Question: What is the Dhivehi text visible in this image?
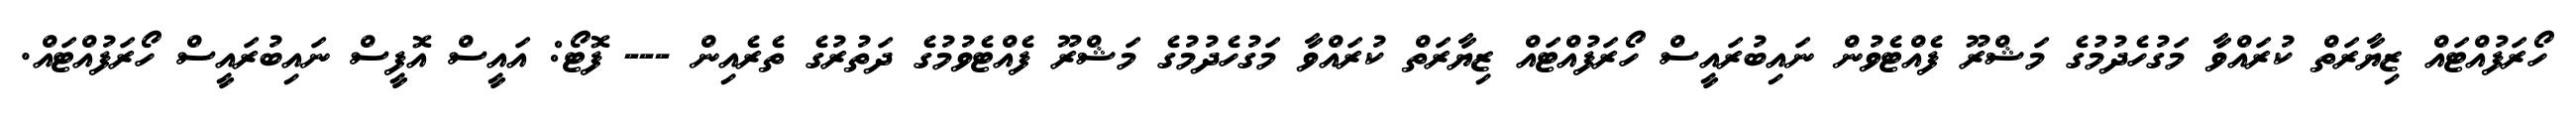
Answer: ހޯރަފުއްޓައް ޒިޔާރަތް ކުރައްވާ މަގުހެދުމުގެ މަޝްރޫ ފެއްޓެވުން ނައިބުރައީސް ހޯރަފުއްޓައް ޒިޔާރަތް ކުރައްވާ މަގުހެދުމުގެ މަޝްރޫ ފެއްޓެވުމުގެ ދަތުރުގެ ތެރެއިން --- ފޮޓޯ: އައީސް އޮފީސް ނައިބުރައީސް ހޯރަފުއްޓައް.